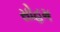
સોહમ